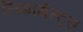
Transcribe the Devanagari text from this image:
लिगामेन्ट्स